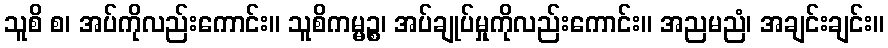
သူစိ စ၊ အပ်ကိုလည်းကောင်း။ သူစိကမ္မဉ္စ၊ အပ်ချုပ်မှုကိုလည်းကောင်း။ အညမညံ၊ အချင်းချင်း။